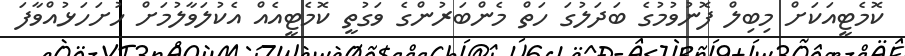
ކޮމެޓީއަކަށް މިބިލް ފޮނުވުމުގެ ބަދަލުގަ ހަތް މެންބަރުންގެ ވަގުތީ ކޮމެޓީއެއް އެކުލަވާލުމަށް ހުށަހަޅުއްވާފަ